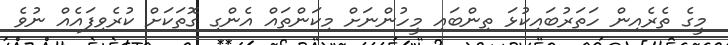
މީގެ ތެރެއިން ހަތަރުބައިކުޅަ ތިންބައި މީހުންނަށް މިކަންތައް އެންގި ގޮތަކަށް ކުރެވިފައެއް ނުވެ